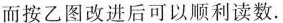
而按乙图改进后可以顺利读数。